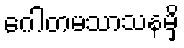
ဂေါတမသာသနမှိ